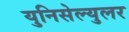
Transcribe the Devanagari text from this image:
युनिसेल्युलर